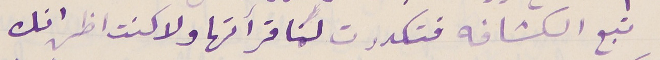
تبع الكشافه فتكدرت لمَا قرأتها ولا كنت اظن انك